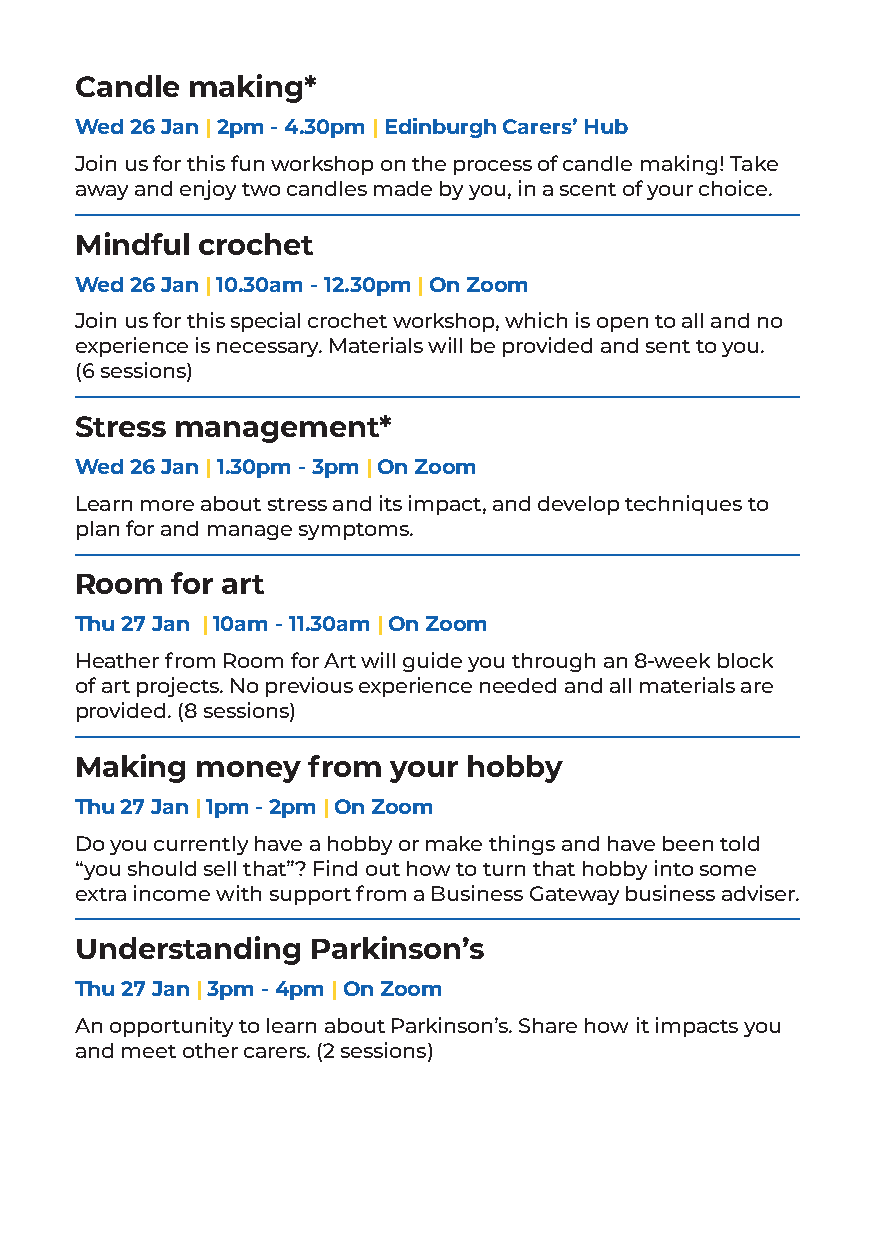
Candle making*
 Wed 26 Jan | 2pm - 4.30pm | Edinburgh Carers’ Hub
 Join us for this fun workshop on the process of candle making! Take
 away and enjoy two candles made by you, in a scent of your choice.
 Mindful crochet
 Wed 26 Jan | 10.30am - 12.30pm | On Zoom
 Join us for this special crochet workshop, which is open to all and no
 experience is necessary. Materials will be provided and sent to you.
 (6 sessions)
 Stress management*
 Wed 26 Jan | 1.30pm - 3pm | On Zoom
 Learn more about stress and its impact, and develop techniques to
 plan for and manage symptoms.
 Room  for art
 Thu 27 Jan | 10am - 11.30am | On Zoom
 Heather from Room for Art will guide you through an 8-week block
 of art projects. No previous experience needed and all materials are
 provided. (8 sessions)
 Making  money  from  your hobby
 Thu 27 Jan | 1pm - 2pm | On Zoom
 Do you currently have a hobby or make things and have been told
 “you should sell that”? Find out how to turn that hobby into some
 extra income with support from a Business Gateway business adviser.
 Understanding   Parkinson’s
 Thu 27 Jan | 3pm - 4pm | On Zoom
 An opportunity to learn about Parkinson’s. Share how it impacts you
 and meet other carers. (2 sessions)